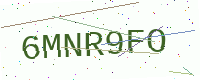
Text: 6MNR9FO